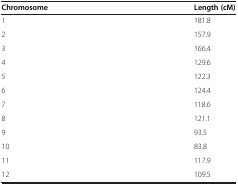
| Chromosome | Length (cM) |
 | --- | --- |
 | 1 | 181.8 |
 | 2 | 157.9 |
 | 3 | 166.4 |
 | 4 | 129.6 |
 | 5 | 122.3 |
 | 6 | 124.4 |
 | 7 | 118.6 |
 | 8 | 121.1 |
 | 9 | 93.5 |
 | 10 | 83.8 |
 | 11 | 117.9 |
 | 12 | 109.5 |